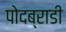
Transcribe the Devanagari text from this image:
पोदब्राडी